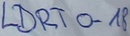
Text: LDRTO-18